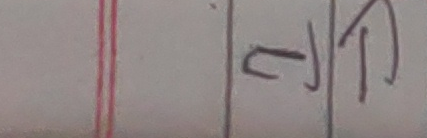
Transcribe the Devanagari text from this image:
टणद